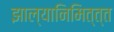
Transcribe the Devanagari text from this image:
झाल्यानिमित्त्त